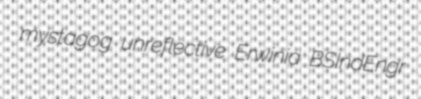
mystagog unreflective Erwinia BSIndEngr